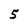
Character: 5